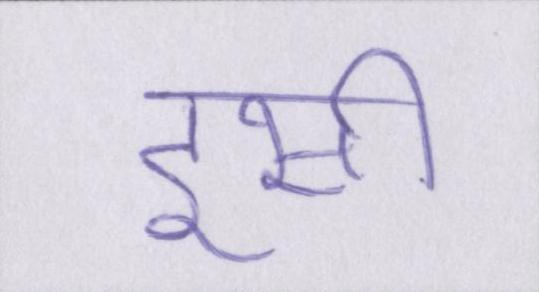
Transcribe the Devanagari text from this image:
इसी